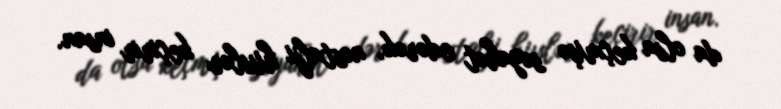
da olsa keçmişə səyahət edərək, nostalji hisslər keçirir insan.